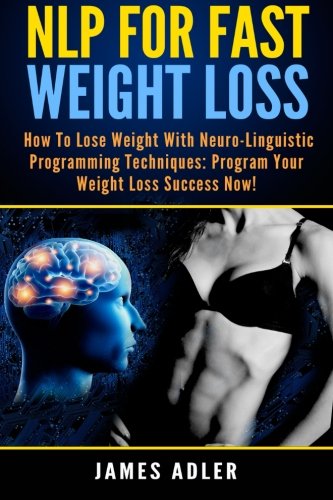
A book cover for NLP For Fast Weight Loss: How to Lose Weight with Neuro-Linguistic Programming Techniques: Program Your Weight Loss Success NOW! (NLP, Neuro-Linguistic Programming, Hypnosis, Weight Loss) (Volume 1); James Adler; Self-Help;